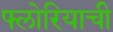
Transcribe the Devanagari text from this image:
फ्लोरियाची